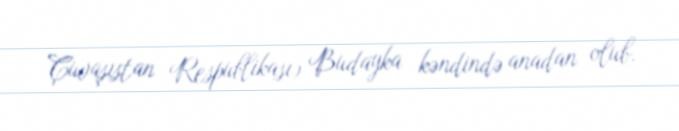
Çuvaşıstan Respublikası) Budayka kəndində anadan olub.